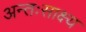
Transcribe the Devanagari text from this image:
अन्तःसाक्ष्य